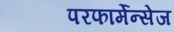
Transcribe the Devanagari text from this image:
परफार्मेन्सेज